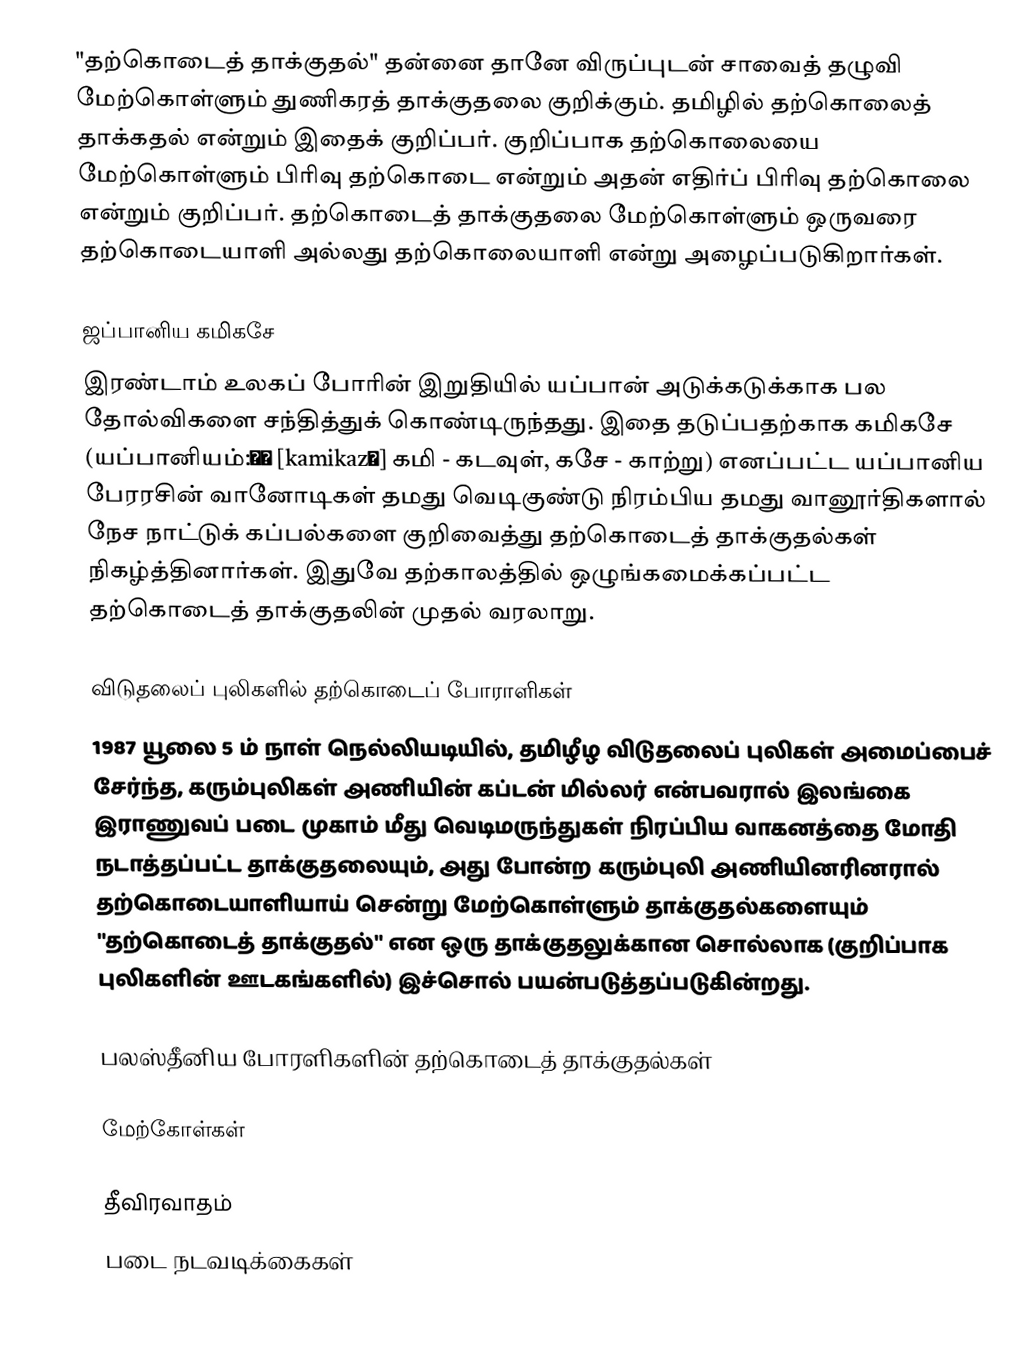
"தற்கொடைத் தாக்குதல்" தன்னை தானே விருப்புடன் சாவைத் தழுவி மேற்கொள்ளும் துணிகரத் தாக்குதலை குறிக்கும். தமிழில் தற்கொலைத் தாக்கதல் என்றும் இதைக் குறிப்பர். குறிப்பாக தற்கொலையை மேற்கொள்ளும் பிரிவு தற்கொடை என்றும் அதன் எதிர்ப் பிரிவு தற்கொலை என்றும் குறிப்பர். தற்கொடைத் தாக்குதலை மேற்கொள்ளும் ஒருவரை தற்கொடையாளி அல்லது தற்கொலையாளி என்று அழைப்படுகிறார்கள்.

ஜப்பானிய கமிகசே
இரண்டாம் உலகப் போரின் இறுதியில் யப்பான் அடுக்கடுக்காக பல தோல்விகளை சந்தித்துக் கொண்டிருந்தது. இதை தடுப்பதற்காக கமிகசே (யப்பானியம்:神風 [kamikazɛ] கமி - கடவுள், கசே - காற்று) எனப்பட்ட யப்பானிய பேரரசின் வானோடிகள் தமது வெடிகுண்டு நிரம்பிய தமது வானூர்திகளால் நேச நாட்டுக் கப்பல்களை குறிவைத்து தற்கொடைத் தாக்குதல்கள் நிகழ்த்தினார்கள். இதுவே தற்காலத்தில் ஒழுங்கமைக்கப்பட்ட தற்கொடைத் தாக்குதலின் முதல் வரலாறு.

விடுதலைப் புலிகளில் தற்கொடைப் போராளிகள்
1987 யூலை 5 ம் நாள் நெல்லியடியில், தமிழீழ விடுதலைப் புலிகள் அமைப்பைச் சேர்ந்த, கரும்புலிகள் அணியின் கப்டன் மில்லர் என்பவரால் இலங்கை இராணுவப் படை முகாம் மீது வெடிமருந்துகள் நிரப்பிய வாகனத்தை மோதி நடாத்தப்பட்ட தாக்குதலையும், அது போன்ற கரும்புலி அணியினரினரால் தற்கொடையாளியாய் சென்று மேற்கொள்ளும் தாக்குதல்களையும் "தற்கொடைத் தாக்குதல்" என ஒரு தாக்குதலுக்கான சொல்லாக (குறிப்பாக புலிகளின் ஊடகங்களில்) இச்சொல் பயன்படுத்தப்படுகின்றது.

பலஸ்தீனிய போரளிகளின் தற்கொடைத் தாக்குதல்கள்

மேற்கோள்கள்

தீவிரவாதம்
படை நடவடிக்கைகள்